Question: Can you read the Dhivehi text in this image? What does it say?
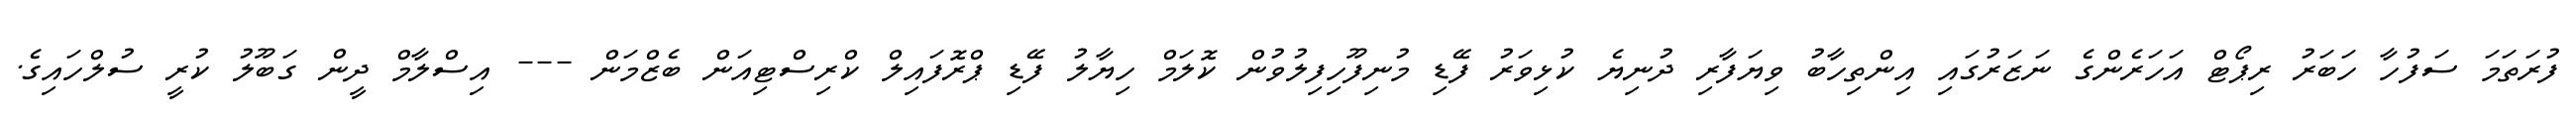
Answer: ފުރަތަމަ ސަފުހާ ހަބަރު ރިޕޯޓް އަހަރެންގެ ނަޒަރުގައި އިންތިހާބު ވިޔަފާރި ދުނިޔެ ކުޅިވަރު ފޭޑި މުނިފޫހިފިލުވުން ކޮލަމް ހިޔާލު ފޭޑި ޕްރޮފައިލް ކްރިސްޓިއަން ބެޒްމަން --- އިސްލާމް ދީން ގަބޫލު ކުރީ ސުލްހައިގެ.